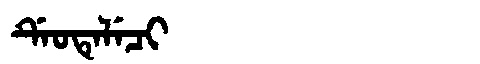
Manchu: ᡩᡝᠣᡨᡝᠯᡝᠴᡳ
Romanization: DEOTELECI